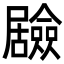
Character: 𭕻